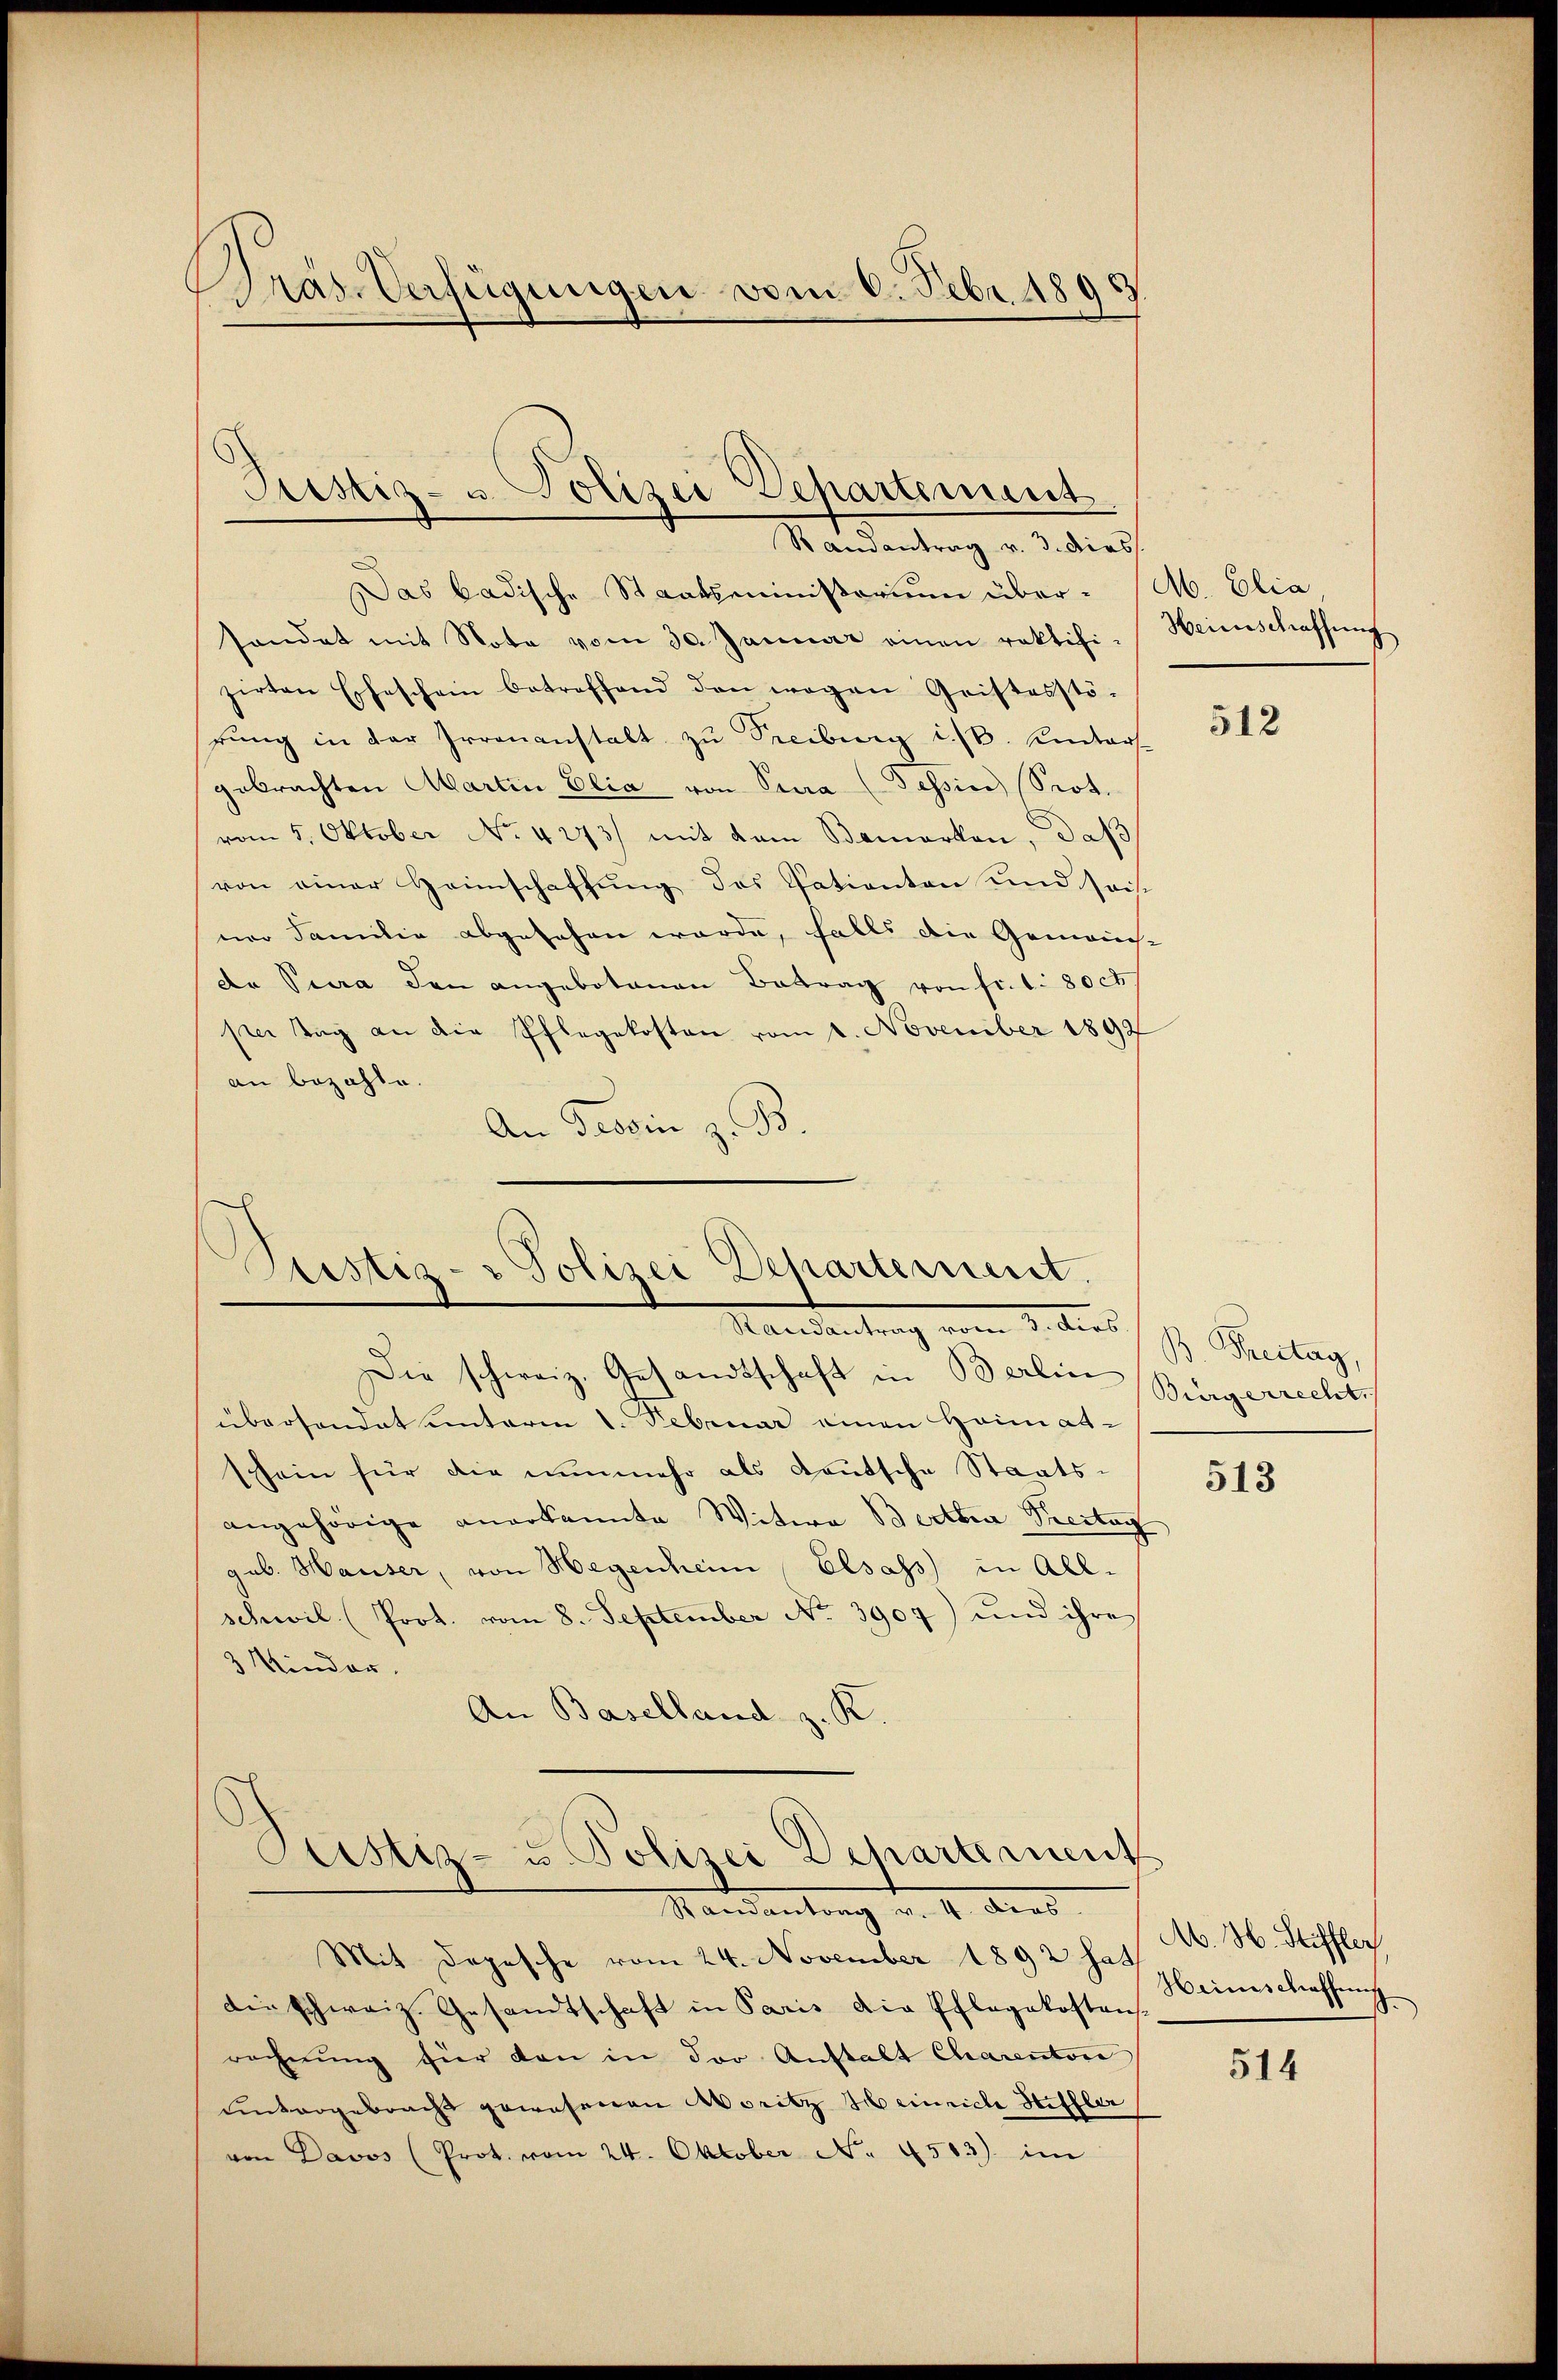
Präs. Verfügungen vom 6. Febr. 1895

Pustiz- u. Polizei Departement
Randantrag v. 3. Diess.

Justiz- & Polizei Dehartement.
Mandertung vom 2. ders J. Beilag

Pustiz- u. Polizei Dehartement

Die schweiz. Gesandtschaft in Berline Bürgerrecht.
überhandet unterm 1. Februar einen Heimat-
schein für die nunmehr als deutsche Staats-
angehörige anerkannte Witwe Bertha Preitag
gub. Hauser, von Wegenheim Elsass in All-
schwil (Prot. vom 8. September No. 3907) und ihre
3 Kinder.
An Baselland z. K.

Mandantung v. M. des
Mit Depesche vom 24. November 1892 hat
die schweiz. Gesamtschaft in Paris die Pflegekostens-
rechnŭng für den in der Anstalt Charenton
untergebracht gewesenen Moritz Heinrich Stiffler
von Davos (Prot. vom 24. Oktober No. 4513) im

Das badische Staatsministerium über (M. Elia
handet mit Note vom 30. Januar einen raktifi-Heimschaffŭng
zirten Eheschein betreffend den wegen Geistesstö-
rŭng in der Irrenanstalt zu Treiburg i. B. Unter
gebrachten Martin Elia von Sura (Tessin (Prot.
vom 5. Oktober No. 4273) mit dem Bemerken, daß
von einer Heimschaffung des Patienten und sei.
ner Familie abgesehen werde, falls die Gemeins-
de Sera den angebotenen Betrag von fr. 1. 80 ct
per Tag an die Pflegekosten vom 1. November 1892
an bezahle.
An Tessin z. B.

512

513

Mb. H. Stiffler
Heimschaffung

514